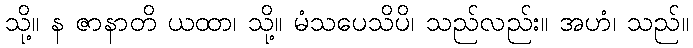
သို့။ န ဇာနာတိ ယထာ၊ သို့။ မံသပေသိပိ၊ သည်လည်း။ အဟံ၊ သည်။